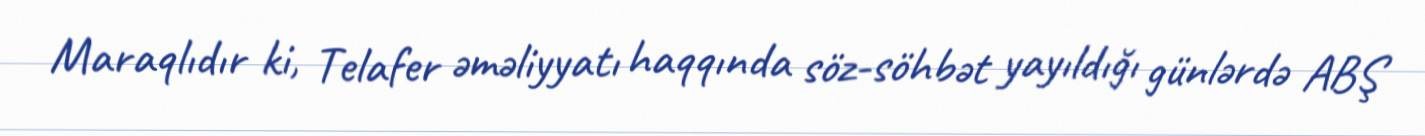
Maraqlıdır ki, Telafer əməliyyatı haqqında söz-söhbət yayıldığı günlərdə ABŞ